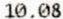
10.08